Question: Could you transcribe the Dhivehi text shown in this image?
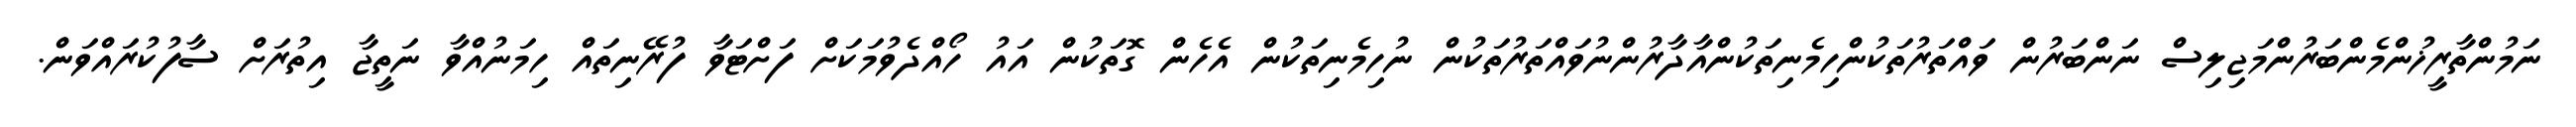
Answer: ނަމުންތާރީޚުންމެންބަރުންމަޖިލިސް ނަންބަރުން ވައްތަރުތަކުންހިމެނިތަކުންއާދާރުންނުވައްތަރުތަކުން ނުހިމެނިތަކުން އެހެން ގޮތަކުން އައު ހޯއްދެވުމަކަށް ފަށްޓަވާ ފުރޭނިތައް ހިމަނުއްވާ ނަތީޖާ އިތުރަށް ސާފުކުރައްވަން.